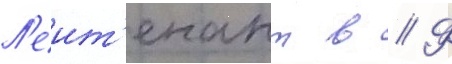
Л'еит'енант в // Ф